King Institute of Preventive Medicine Micro-Biological Section reports 1912-19
Year: 1912
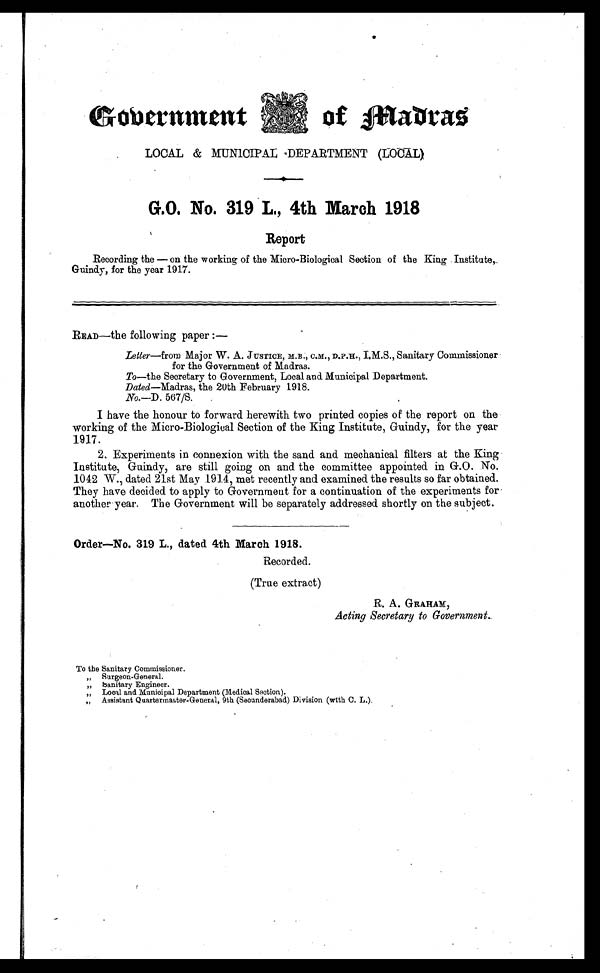
Government
of Madras
LOCAL & MUNICIPAL DEPARTMENT (LOCAL)
G.O. No. 319 L., 4th March 1918
Report
Recording the — on the working of the Micro-Biological Section of the King Institute,
Guindy, for the year 1917.
READ—the following paper:—
Letter—from Major W. A. JUSTICE, M.B.,C.M., D.P.H., I.M.S., Sanitary Commissioner
for the Government of Madras.
To—the Secretary to Government, Local and Municipal Department.
Dated—Madras, the 20th February 1918.
No.—D. 567/S.
I have the honour to forward herewith two printed copies of the report on the
working of the Micro-Biological Section of the King Institute, Guindy, for the year
1917.
2. Experiments in connexion with the sand and mechanical filters at the King
Institute, Guindy, are still going on and the committee appointed in G.O. No.
1042 W., dated 21st May 1914, met recently and examined the results so far obtained.
They have decided to apply to Government for a continuation of the experiments for-
another year. The Government will be separately addressed shortly on the subject.
Order—No. 319 L., dated 4th March 1918.
Recorded.
(True extract)
R. A. GRAHAM,
Acting Secretary to Government.
To the Sanitary Commissioner.
„
Surgeon-General.
„ Sanitary Engineer.
„ Local and Municipal Department (Medical Section).
„ Assistant Quartermaster-General, 9th (Secunderabad) Division (with C. L.).